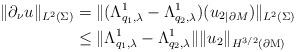
LaTeX: \begin{align*}\| \partial_\nu u\|_{L^2(\Sigma)}&=\| (\Lambda_{q_1,\lambda}^1-\Lambda_{q_2,\lambda}^1)(u_2{_{|\partial M}})\|_{L^2(\Sigma)}\\&\le \| \Lambda_{q_1,\lambda}^1-\Lambda_{q_2,\lambda}^1\| \|u_2\|_{H^{3/2}(\partial \mathrm{M})}\end{align*}